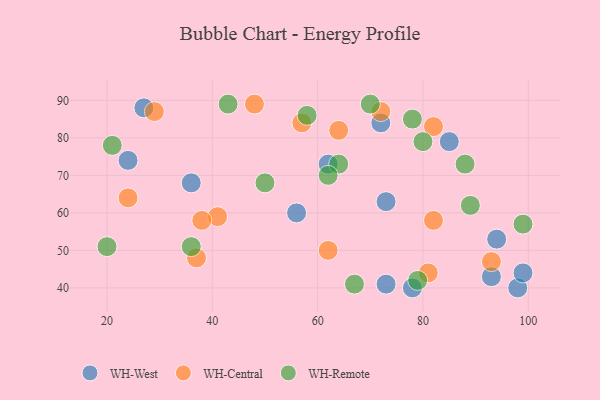
{"axis": {"x": "GDP", "y": "Life Expectancy"}, "legend": ["WH-Central", "WH-Remote", "WH-West"], "data": [{"x": "94", "y": 53, "type": "WH-West"}, {"x": "27", "y": 88, "type": "WH-West"}, {"x": "62", "y": 73, "type": "WH-West"}, {"x": "98", "y": 40, "type": "WH-West"}, {"x": "93", "y": 43, "type": "WH-West"}, {"x": "24", "y": 74, "type": "WH-West"}, {"x": "85", "y": 79, "type": "WH-West"}, {"x": "36", "y": 68, "type": "WH-West"}, {"x": "73", "y": 63, "type": "WH-West"}, {"x": "56", "y": 60, "type": "WH-West"}, {"x": "73", "y": 41, "type": "WH-West"}, {"x": "99", "y": 44, "type": "WH-West"}, {"x": "72", "y": 84, "type": "WH-West"}, {"x": "78", "y": 40, "type": "WH-West"}, {"x": "81", "y": 44, "type": "WH-Central"}, {"x": "48", "y": 89, "type": "WH-Central"}, {"x": "24", "y": 64, "type": "WH-Central"}, {"x": "62", "y": 50, "type": "WH-Central"}, {"x": "72", "y": 87, "type": "WH-Central"}, {"x": "41", "y": 59, "type": "WH-Central"}, {"x": "93", "y": 47, "type": "WH-Central"}, {"x": "82", "y": 83, "type": "WH-Central"}, {"x": "29", "y": 87, "type": "WH-Central"}, {"x": "57", "y": 84, "type": "WH-Central"}, {"x": "64", "y": 82, "type": "WH-Central"}, {"x": "37", "y": 48, "type": "WH-Central"}, {"x": "82", "y": 58, "type": "WH-Central"}, {"x": "38", "y": 58, "type": "WH-Central"}, {"x": "67", "y": 41, "type": "WH-Remote"}, {"x": "89", "y": 62, "type": "WH-Remote"}, {"x": "58", "y": 86, "type": "WH-Remote"}, {"x": "36", "y": 51, "type": "WH-Remote"}, {"x": "80", "y": 79, "type": "WH-Remote"}, {"x": "64", "y": 73, "type": "WH-Remote"}, {"x": "78", "y": 85, "type": "WH-Remote"}, {"x": "21", "y": 78, "type": "WH-Remote"}, {"x": "99", "y": 57, "type": "WH-Remote"}, {"x": "62", "y": 70, "type": "WH-Remote"}, {"x": "50", "y": 68, "type": "WH-Remote"}, {"x": "70", "y": 89, "type": "WH-Remote"}, {"x": "20", "y": 51, "type": "WH-Remote"}, {"x": "88", "y": 73, "type": "WH-Remote"}, {"x": "79", "y": 42, "type": "WH-Remote"}, {"x": "43", "y": 89, "type": "WH-Remote"}]}